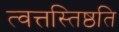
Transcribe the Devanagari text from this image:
त्वत्तस्तिष्ठति